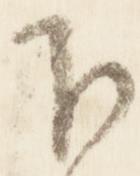
下